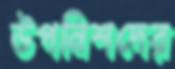
উপনিশদের